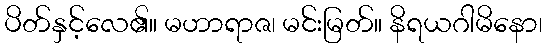
ပိတ်နှင့်လေ၏။ မဟာရာဇ၊ မင်းမြတ်။ နိရယဂါမိနော၊